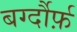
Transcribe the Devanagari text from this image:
बर्ग्दौर्फ़